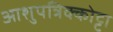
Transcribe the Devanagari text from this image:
आशुपत्रिक्कोट्टा